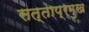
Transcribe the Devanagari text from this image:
सत्ताप्रमुख